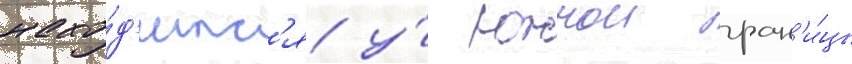
нахо́д'итс'я у́ южнои гран'и́цы